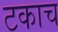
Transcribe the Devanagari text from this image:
टकाच